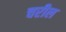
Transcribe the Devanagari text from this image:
चरील